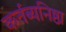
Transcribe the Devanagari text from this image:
कर्तब्यनिष्ठा